Report of the Hyderabad Chloroform Commission
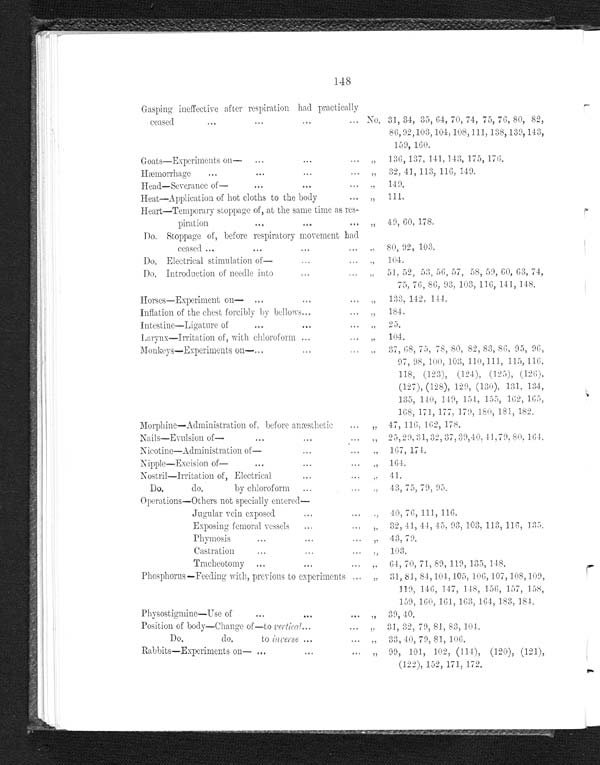
148
Gasping ineffective after respiration had practically
ceased..
No, 31, 34, 35, 64, 70, 74, 75, 76, 80, 82,
86, 92,103, 104, 108,111, 138, 139, 143,
159, 160.
Goats—Experiments on
...
...
... „
136, 137, 141, 143, 175, 176.
H æ m o r r h a g e . . . . .
„
32, 41, 113, 116, 149.
Head—Severance of—
...
...
"
149.
Heat—Application of hot cloths to the body
" 111.
Heart—Temporary stoppage of, at the same time as res-
piration
..
.
" 49, 60, 178.
Do. Stoppage of, before respiratory movement had
ceased ...
...
„.
"
80, 92, 103.
Do. Electrical stimulation of—
...
"
104.
Do, Introduction of needle into
..
" 51, 52, 53, 56, 57, 58, 59, 60, 63, 74,
75, 76, 86, 93, 103, 116, 141, 148.
Horses—Experiment on—
„
133,142,144,
Inflation of the chest forcibly by bellows...
"
184.
Intestine–Ligature of
2 5 .
Larynx—Irritation of, with chloroform ...
" 104.
Monkeys—Experiments on—......
" 37, 68, 75, 78, 80, 82, 83, 86, 95, 96,
97, 98, 100, 103, 110,111, 115, 116,
118, (123), (124), (125), (126),
(127), (128), 129, (130), 131, 134,
135, 140, 149, 154, 155, 162, 165 ,
168, 171, 177, 179, 180, 181, 182.
Morphine—Administration of, before anæsthetic
„ 47, 116, 162, 178.
Nails—Evulsion of—
...
...
...
25, 29, 31, 32, 37, 39,40, 41,79, 80, 164.
Nicotine—Administration of—...
...
" 167, 174.
Nipple—Excision of—
...
" 164.
Nostril—Irritation of, Electrical
,, 41.
Do.
do.
by chloroform
..
43, 75, 79, 95.
Operations—Others not specially entered
—
Jugular vein exposed-
"
40, 76, 111, 116.
Exposing femoral vessels
......
"
32, 41, 4 4, 45, 93, 103, 113, 116, 135.
Phymosis
...
...
,, 43, 79.
Castration
...
...
...
,, 103.
Tracheotomy ...
...
...
" 64, 70, 71, 89, 119, 135, 148.
Phosphorus—Feeding with, previous to experiments
„
31, 81, 84,104, 105, 106, 107, 108,109,
119, 146, 147, 148, 156, 157, 158,
159, 160, 161, 163, 164, 183, 184,
Physostigmine—Use of
...
..
"
39, 40
Position of body—Change of—to vertical...
...
„ 31, 32, 79, 81, 83, 104.
Do.
do
to inverse, .... "
33, 40, 79, 81, 106
33, 40, 79 , 81, 106.
Rabbits—Experiments on— ...
...
...
„
99, 101, 102, (114), (120), (121),
(122), 152, 171, 172.